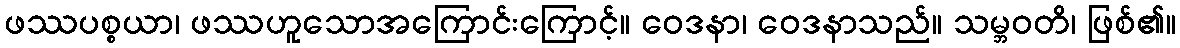
ဖဿပစ္စယာ၊ ဖဿဟူသောအကြောင်းကြောင့်။ ဝေဒနာ၊ ဝေဒနာသည်။ သမ္ဘဝတိ၊ ဖြစ်၏။